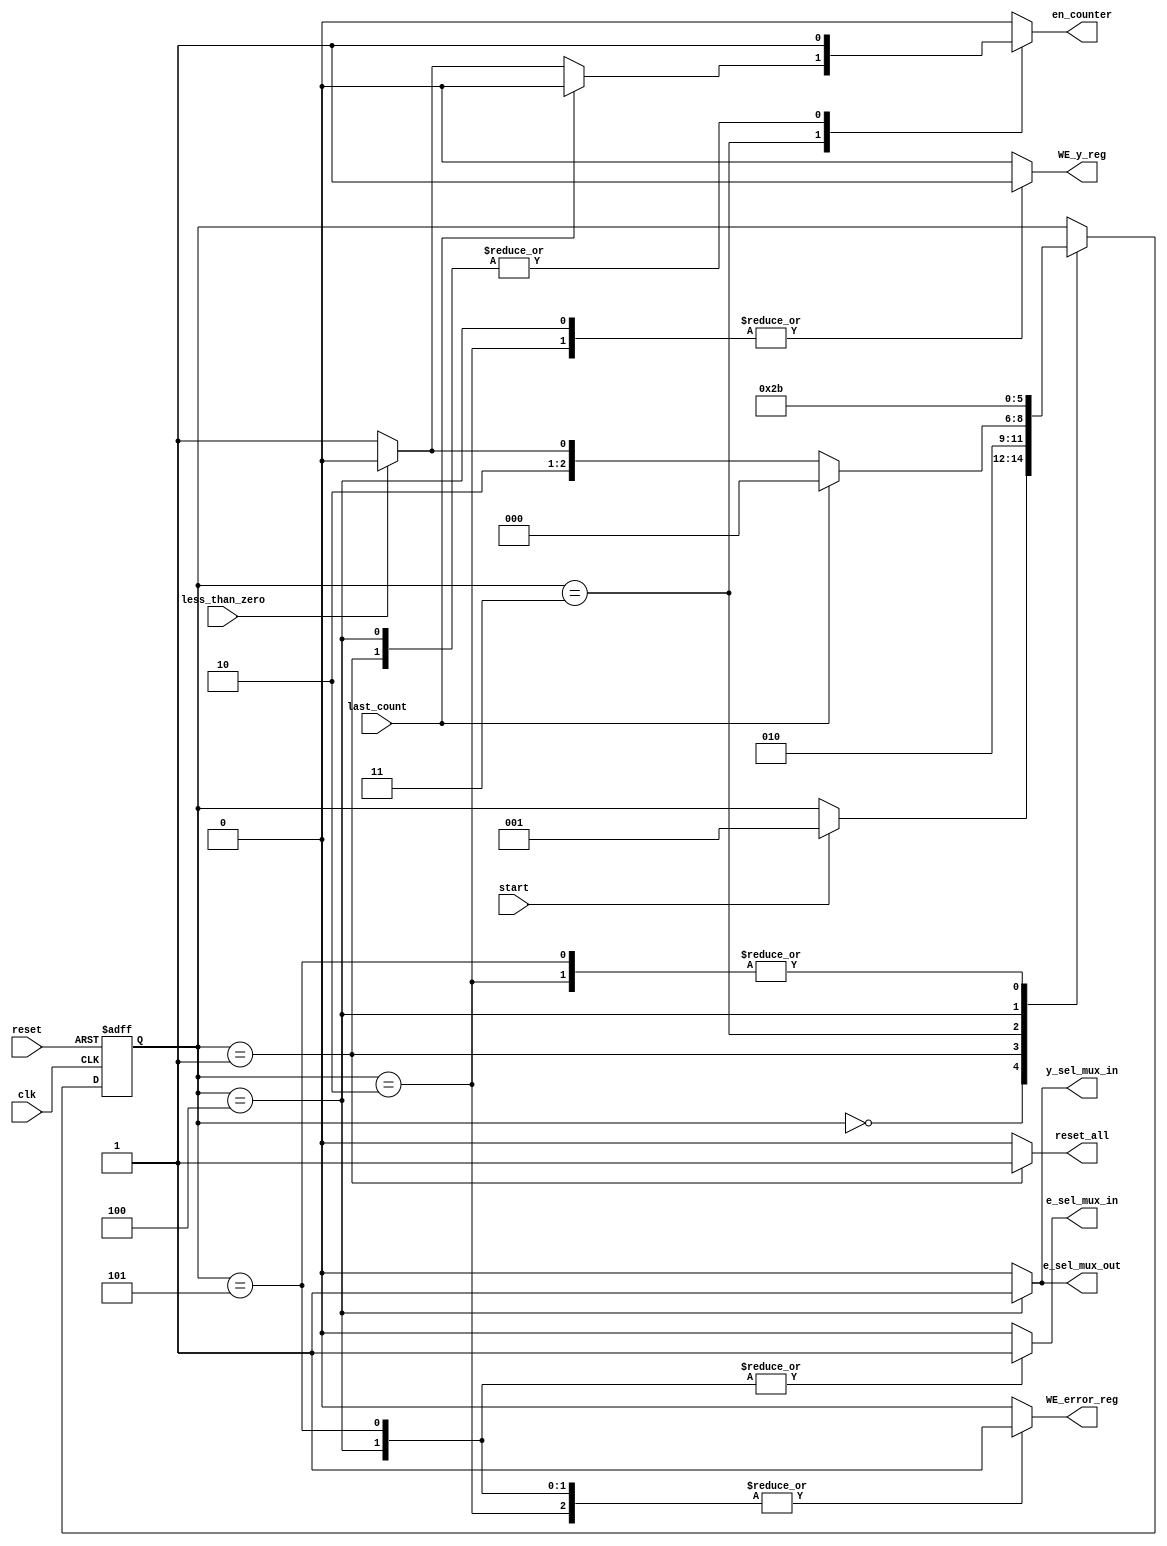
// unit type :: sequential
// Note      :: all arithmetic operations will use signed (2'complement) 13-bit width
// Note      :: here I need to give y = y0 as an output (for the first time only) & y0 is associated with x0
//           :: so I will compare if(xcount == x0) ,, y_coord = y0 ,, Otherwise evaluate the if statement
// NOTE      :: THIS BLOCK NEEDS RESET SIGNAL BEFORE OPERATION (AFTER GLOBAL RESET)

module error_controllerV2(
// input signals
   clk,
	reset,
	start,
	last_count,
	less_than_zero,
	
// output signals
e_sel_mux_in, e_sel_mux_out, y_sel_mux_in,
en_counter, reset_all, WE_error_reg, WE_y_reg);

input clk,reset,start,less_than_zero, last_count;
output reg e_sel_mux_in, e_sel_mux_out, y_sel_mux_in, en_counter, reset_all, WE_error_reg, WE_y_reg;

// define my states
	reg [2:0] state, nstate;
	parameter    init		     = 3'd0,
				 internal_reset  = 3'd1,
				 s1     = 3'd2,
				 s2     = 3'd3,
				 s3     = 3'd4, 
				 s4     = 3'd5;

// sequential logic
	always @(posedge clk or posedge reset)			 
	begin
		if(reset)
			state <= init;
		else
			state <= nstate;
	end	
	
// Combinational logic
	always @(state or last_count or start or less_than_zero)
	begin
	
		nstate = state;
		
		e_sel_mux_in  = 1'b0;
		e_sel_mux_out = 1'b0;
		y_sel_mux_in  = 1'b0;
		en_counter    = 1'b0;
		reset_all     = 1'b0;
		WE_error_reg  = 1'b0;
		WE_y_reg      = 1'b0;
		
		case(state)
			init:
			 begin
				if(start) nstate = internal_reset;
			 end
					
			internal_reset:
			 begin
				reset_all = 1'b1;
				en_counter = 1'b1;
				
				nstate = s1;
			 end
							  
			s1: // Store y0 into y_reg & Store error_init into error_reg
			begin
				WE_error_reg  = 1'b1;
				WE_y_reg      = 1'b1;

				nstate = s2;
			end
							
			s2: // Check if (error < 0)
			begin
				if(last_count) nstate = init;
				else if(less_than_zero) nstate = s3;
				else 
				begin
					en_counter = 1'b1;
					nstate = s4;
				end	
					
			end
			 
			s3: // if (error < 0) check is true
				// update error_reg & y_reg 
			begin
				y_sel_mux_in  = 1'b1;
				e_sel_mux_out = 1'b1;
				e_sel_mux_in  = 1'b1;	
				WE_error_reg  = 1'b1;
				WE_y_reg      = 1'b1;
				en_counter = 1'b1;

				nstate = s4;	
			end
			 
			s4: // update error_reg with {error = error - deltay;} and enable the counter
			begin 
				e_sel_mux_in  = 1'b1;
				WE_error_reg  = 1'b1;
				nstate = s2;		
			end

		endcase
	end

endmodule